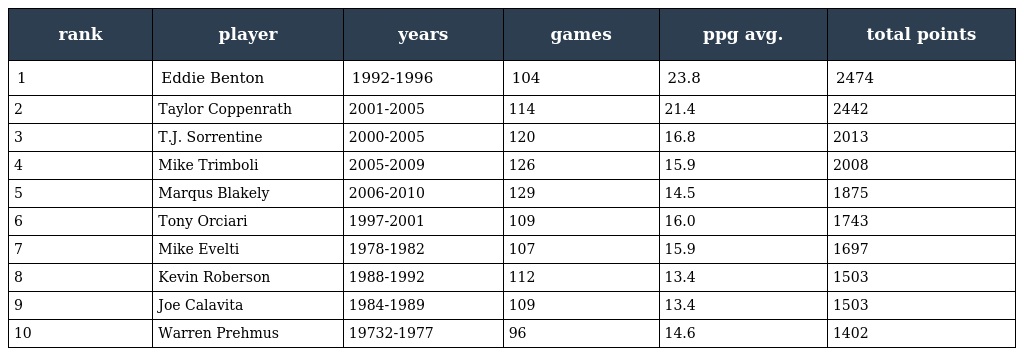
| rank | player | years | games | ppg avg. | total points |
 | --- | --- | --- | --- | --- | --- |
 | 1 | Eddie Benton | 1992-1996 | 104 | 23.8 | 2474 |
 | 2 | Taylor Coppenrath | 2001-2005 | 114 | 21.4 | 2442 |
 | 3 | T.J. Sorrentine | 2000-2005 | 120 | 16.8 | 2013 |
 | 4 | Mike Trimboli | 2005-2009 | 126 | 15.9 | 2008 |
 | 5 | Marqus Blakely | 2006-2010 | 129 | 14.5 | 1875 |
 | 6 | Tony Orciari | 1997-2001 | 109 | 16.0 | 1743 |
 | 7 | Mike Evelti | 1978-1982 | 107 | 15.9 | 1697 |
 | 8 | Kevin Roberson | 1988-1992 | 112 | 13.4 | 1503 |
 | 9 | Joe Calavita | 1984-1989 | 109 | 13.4 | 1503 |
 | 10 | Warren Prehmus | 19732-1977 | 96 | 14.6 | 1402 |